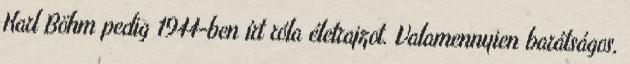
Karl Böhm pedig 1944-ben írt róla életrajzot. Valamennyien barátságos,